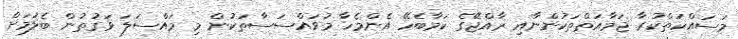
މަސައްކަތްކުރާ ޖަމާއަތްތަކުންނާއި ރާއްޖޭގެ ކަމާބެހޭ އެންމެހާ މުޥައްސަސާތަކުން މި މައްސަލަ ވަގުތުން ބެލުމަށް